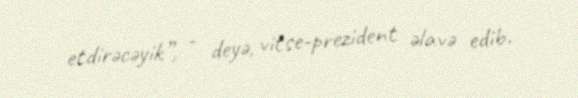
etdirəcəyik”, - deyə, vitse-prezident əlavə edib.